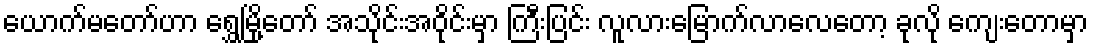
ယောက်မတော်ဟာ ရွှေမြို့တော် အသိုင်းအဝိုင်းမှာ ကြီးပြင်း လူလားမြောက်လာလေတော့ ခုလို ကျေးတောမှာ